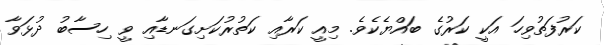
ކަރުފަތުވިހަ އަކީ ކަރުގެ ބައްޔެކެވެ. މިއީ ކަރާއި ކަތުރުކަށިގަނޑާއި ވީ ހިސާބު ދުޅަވާ